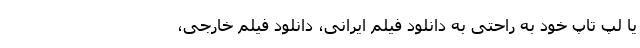
یا لپ تاپ خود به راحتی به دانلود فیلم ایرانی، دانلود فیلم خارجی،